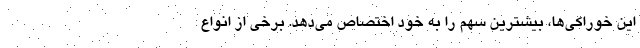
این خوراکی‌ها، بیشترین سهم را به خود اختصاص می‌دهد. برخی از انواع